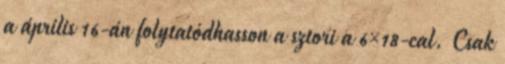
a április 16-án folytatódhasson a sztori a 6×18-cal. Csak